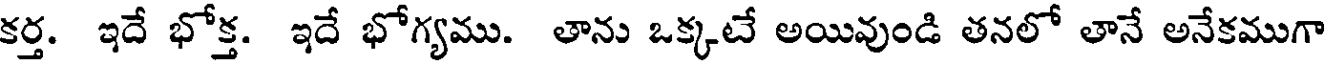
కర్త. ఇదే భోక్త. ఇదే భోగ్యము. తాను ఒక్కటే అయివుండి తనలో తానే అనేకముగా